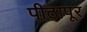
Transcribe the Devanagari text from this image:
पीठापूर